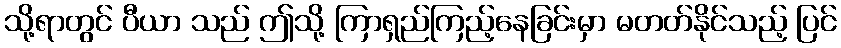
သို့ရာတွင် ပီယာ သည် ဤသို့ ကြာရှည်ကြည့်နေခြင်းမှာ မတတ်နိုင်သည့် ပြင်